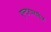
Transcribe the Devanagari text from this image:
एन्टरपराईज़